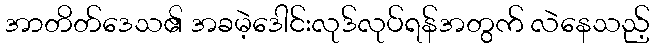
အာတိတ်ဒေသ၏ အခမဲ့ဒေါင်းလုဒ်လုပ်ရန်အတွက် လဲနေသည့်